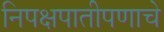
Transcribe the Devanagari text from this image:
निपक्षपातीपणाचे